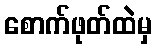
စောက်ဖုတ်ထဲမှ